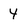
Character: Y